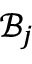
\mathcal { B } _ { j }